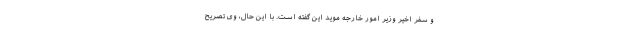
و سفر اخیر وزیر امور خارجه موید این گفته است. با این حال، وی تصریح